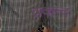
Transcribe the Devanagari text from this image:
प्रकन्द